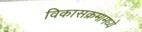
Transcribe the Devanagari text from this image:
विकासक्रमामध्ये